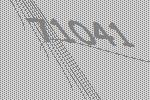
71041